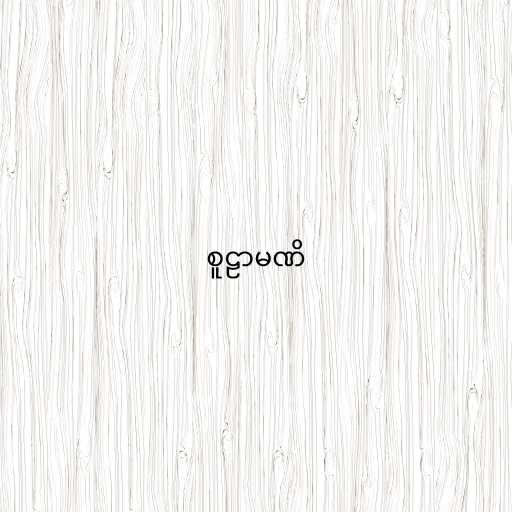
စူဠာမဏိ